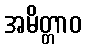
အမိတ္တာဝ